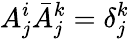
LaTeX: A_{j}^{i}\bar{A}_{j}^{k}=\delta_{j}^{k}